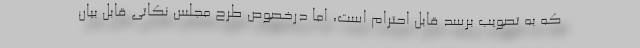
که به تصویب برسد قابل احترام است، اما درخصوص طرح مجلس نکاتی قابل بیان